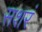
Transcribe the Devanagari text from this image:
सशरं